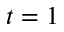
t = 1